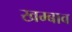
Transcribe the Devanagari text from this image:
खम्बाव